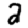
Digit: 2